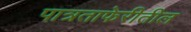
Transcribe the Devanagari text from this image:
पात्रताफेरीतील